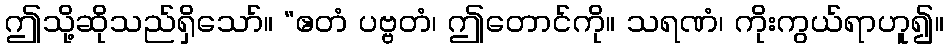
ဤသို့ဆိုသည်ရှိသော်။ “ဧတံ ပဗ္ဗတံ၊ ဤတောင်ကို။ သရဏံ၊ ကိုးကွယ်ရာဟူ၍။